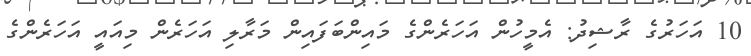
10 އަހަރުގެ ރާޝިދު: އެމީހުން އަހަރެންގެ މައިންބަފައިން މަރާލި އަހަރެން މިއައީ އަހަރެންގެ